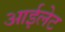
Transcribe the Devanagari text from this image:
आईलेट